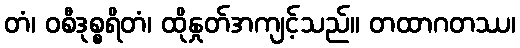
တံ၊ ဝစီဒုစ္စရိတံ၊ ထိုနှုတ်အကျင့်သည်။ တထာဂတဿ၊